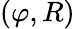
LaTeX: (\varphi,R)